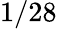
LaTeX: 1/28